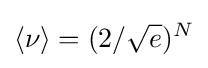
\langle \nu \rangle =(2/{\sqrt {e}})^{N}